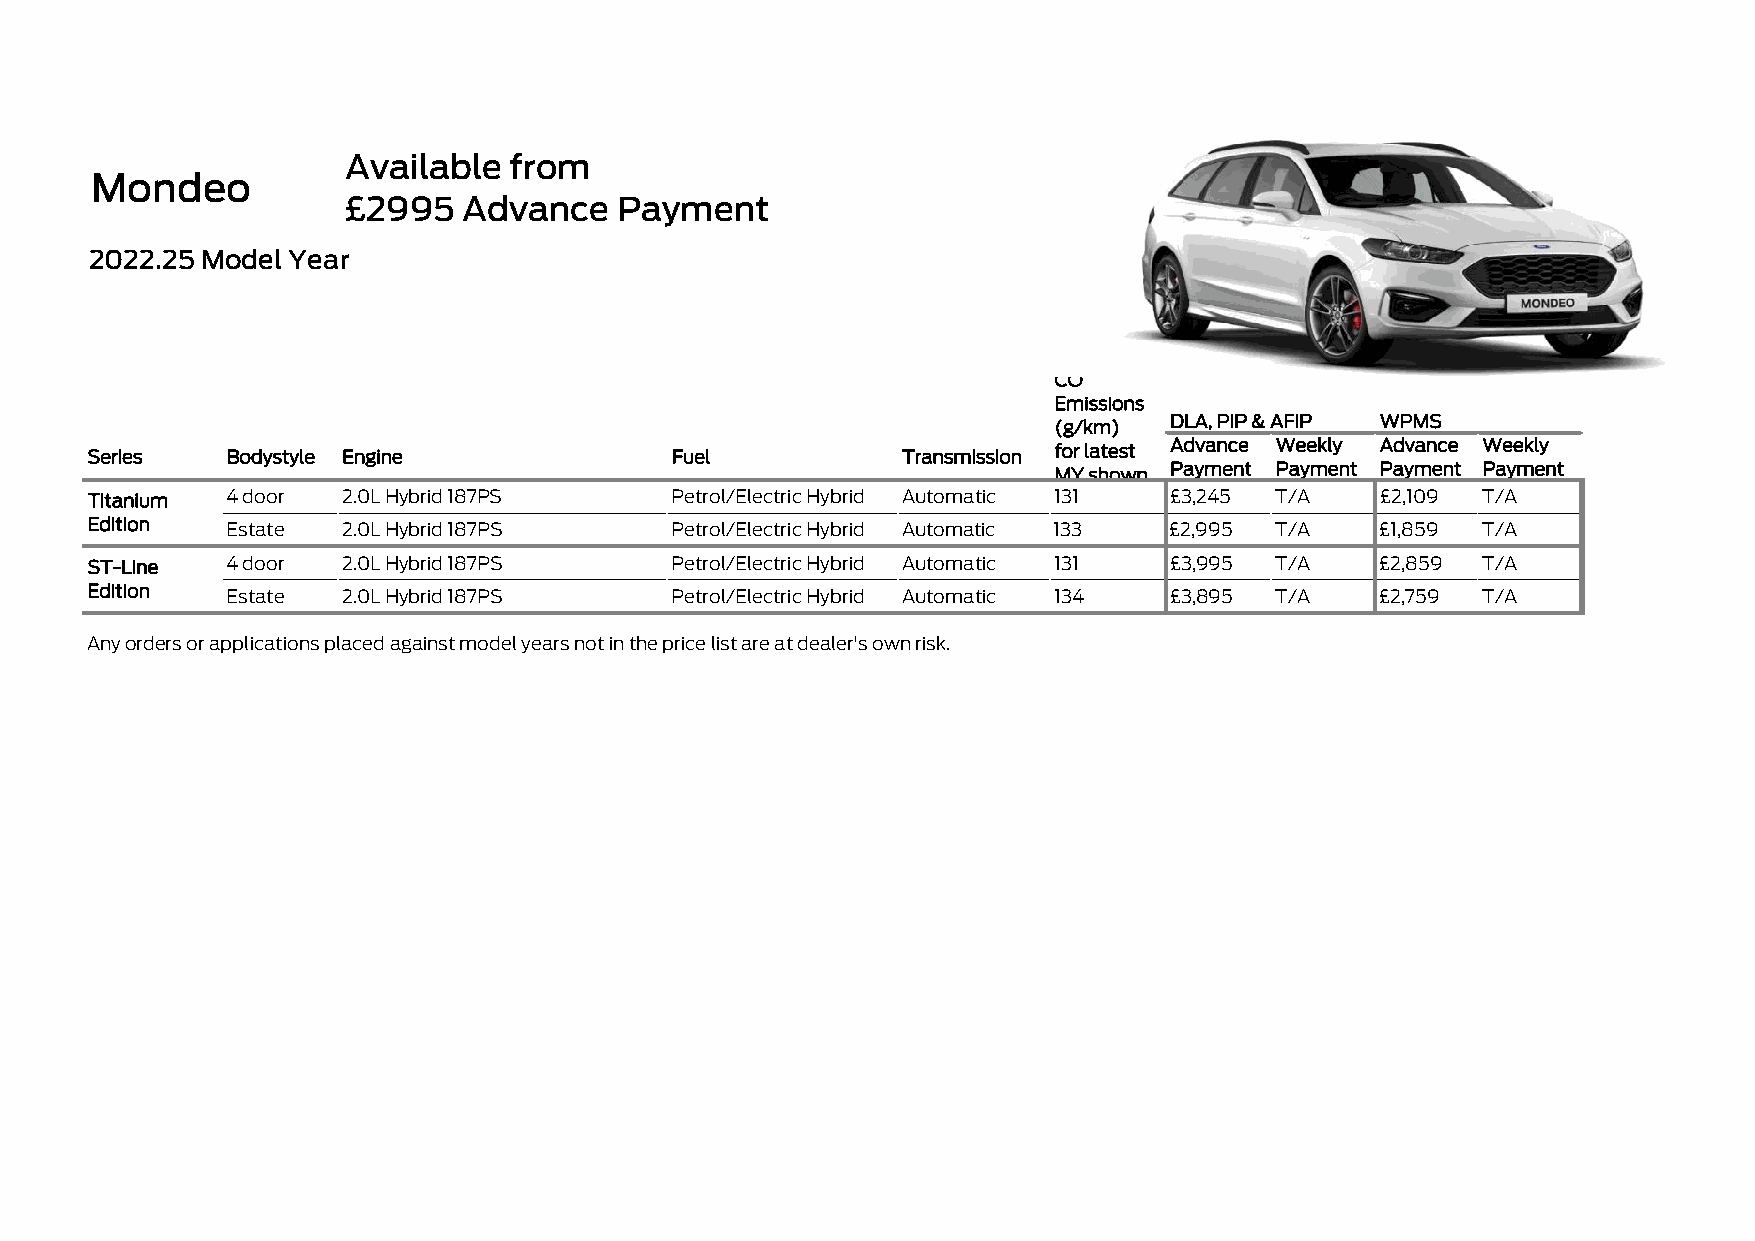
Available  from
 Mondeo
 £2995   Advance   Payment
 2022.25 Model Year
 CO2
 Emissions
 (g/km) DLA, PIP & AFIP WPMS
 Series   Bodystyle Engine             Fuel            Transmission for latest Advance Weekly Advance Weekly
 MY shown Payment Payment Payment Payment
 Titanium 4 door  2.0L Hybrid 187PS    Petrol/Electric Hybrid Automatic 131 £3,245 T/A £2,109 T/A
 Edition  Estate  2.0L Hybrid 187PS    Petrol/Electric Hybrid Automatic 133 £2,995 T/A £1,859 T/A
 ST-Line  4 door  2.0L Hybrid 187PS    Petrol/Electric Hybrid Automatic 131 £3,995 T/A £2,859 T/A
 Edition  Estate  2.0L Hybrid 187PS    Petrol/Electric Hybrid Automatic 134 £3,895 T/A £2,759 T/A
 Any orders or applications placed against model years not in the price list are at dealer's own risk.